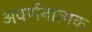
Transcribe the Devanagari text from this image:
अवर्णनात्मक